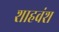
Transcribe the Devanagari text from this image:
शाहवंश